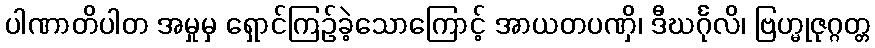
ပါဏာတိပါတ အမှုမှ ရှောင်ကြဉ်ခဲ့သောကြောင့် အာယတပဏှိ၊ ဒီဃင်္ဂုလိ၊ ဗြဟ္မုဇုဂ္ဂတ္တ